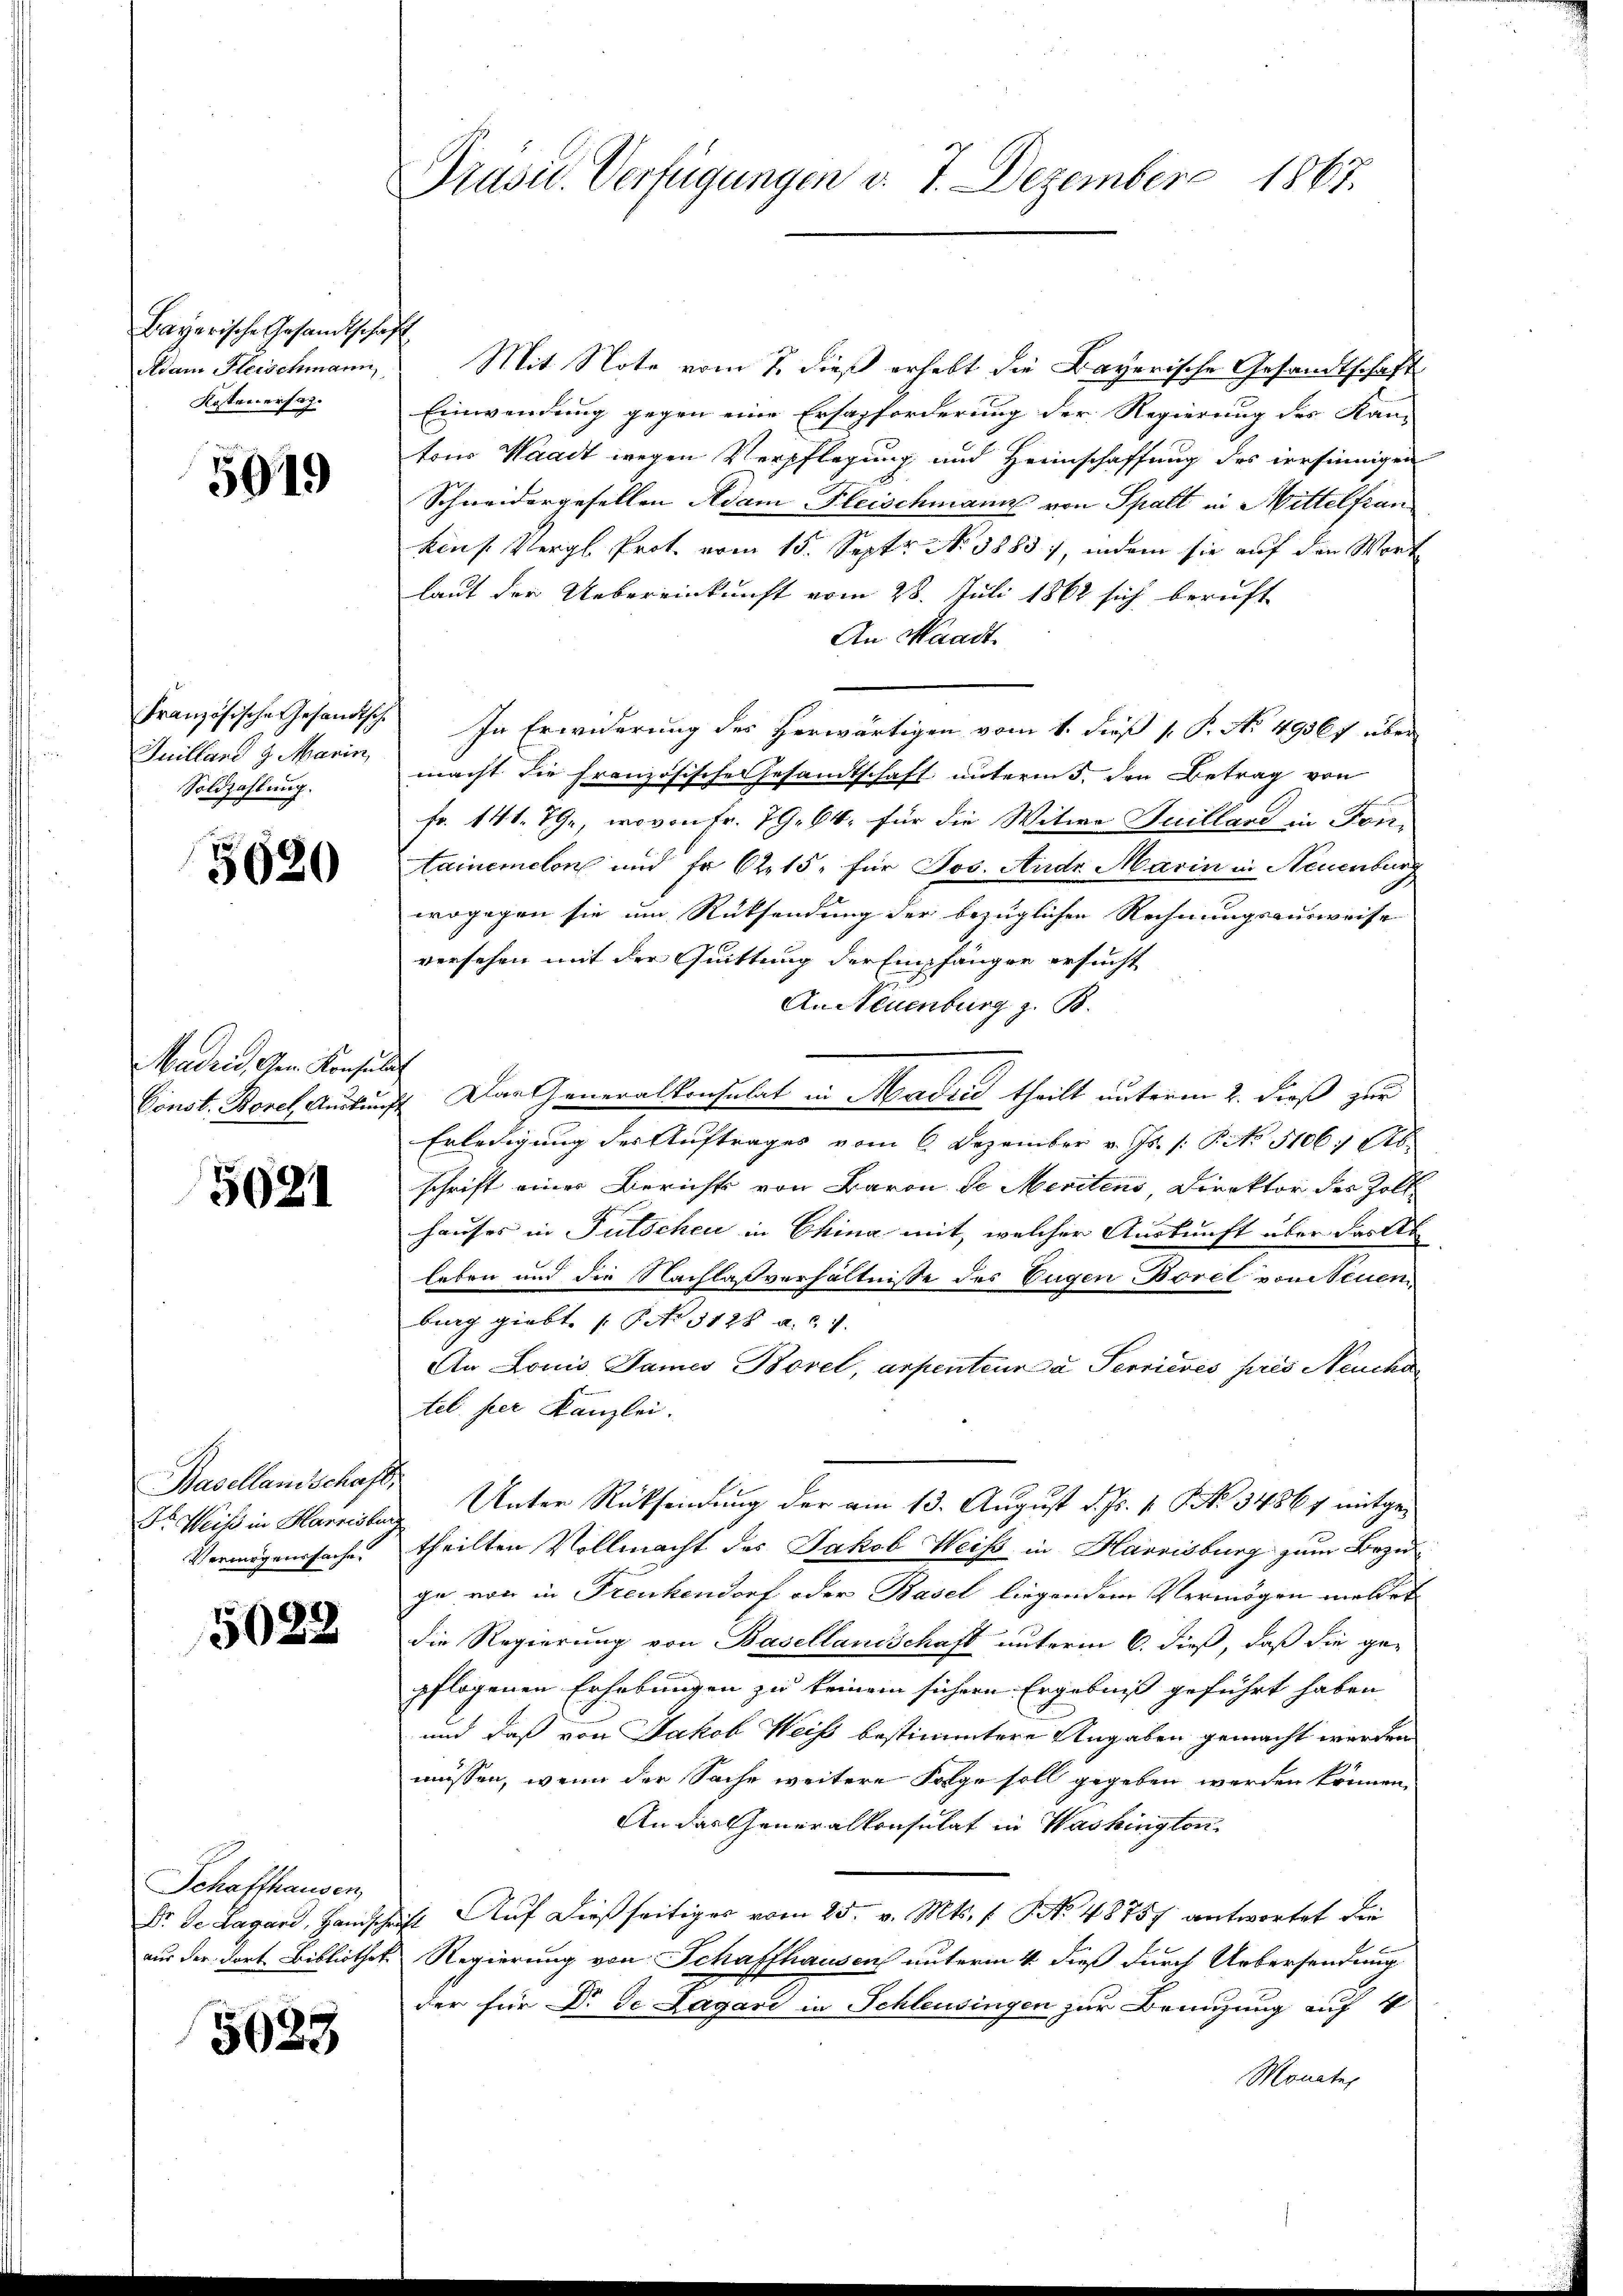
Bayerische Gesandtschaft
Adam Fleischmann,
Kosten ersah.

5019

Juilland 9. Marin,
Soldzahlung.

5620

Madrid den Konsulat

5021

Basellandschaft,
Vermögenssache.

5022

Schaffhausen,

5023

Präsid. Verfügungen v. 7. Dezember 1867.

Mit Note vom 7. dieß erhebt die Bayerische Gesandtschaft
Einwendung gegen eine Ersapforderung der Regierung des Kan-
tons Waadt wegen Verpflegung und Heimschaffung des versinnigen
Schneidergesellen Adam Fleischmann von Spalt in Mittelfran
kens Vergl. Prot. vom 15. Sept No. 1883, indem sie auf den Wort
laut der Uebereinkunft vom 28. Juli 1862 sich beruft
An Waadt.
Französische Gesandtsch. In Erwiderung des herwärtigen vom 1. dieß ( P. No 49567 über
macht die Französische Gesandtschaft unterm 5. den Betrag von
fr. 141. 79, wovon Fr. 79. 64. für die Witwe Guilland in Fortainemelon und fr 6 215. für Jos. Andr. Marin in Neuenburg
wogegen sie um Rücksendung der bezüglichen Rechnungsausweise
versehen mit der Quittung der Empfangen ersucht
An Neuenburg z. B.
Const. Borel Auskunft. Das Generalkonsulat in Madrid theilt unterm 2. dieß zur
Erledigung des Auftrages vom 6. Dezember v. Js. /: P. No 1106. Seb.
schrift einer Berichts von Baron Se Meritens, Direktor des Zollhauses in Gutschen in China mit, welcher Auskunft über das Ab
leben und die Nachlaßverhältnisse des Eugen Borel von Neuen
burg giebt. (: P. Nr. 3128 a. c. 7.
An Louis Dames Borel, arpenteur a Terrieres pris Neucha
tel. per Kanzlei.
Dr Weiß in Harrisler Unter Rücksendung der am 13. August d. Js. v. J No. 34861 mitgetheilten Vollmacht des Jakob Weiß in Harrisburg zum Bezu
ge von in Frenkendorf oder Basel liegendem Vermögen meldet
die Regierung von Basellandschaft unterm 6. dieß, daß die ge-
pflogenen Erhebungen zu keinem sichern Ergebniß geführt haben
und daß von Jakob Weiss bestimmtere Angaben gemacht werden
müssen, wenn der Sache weitere Folge soll gegeben werden können.
An das Generalkonsulat in Washington
Dr. de Lagand, Handschrift Aŭf dieβ seitiges vom 25. v. Mts. f. No. 48757 antwortet die
aus der dort Bibliothek Regierung von Schaffhausen unterm 4. dieß durch Uebersendung
der für Dr. de Lagari in Schleusingen zur Benuzung auf 4
Monates